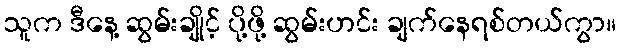
သူက ဒီနေ့ ဆွမ်းချိုင့် ပို့ဖို့ ဆွမ်းဟင်း ချက်နေရစ်တယ်ကွာ။